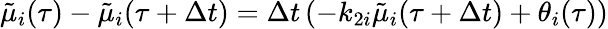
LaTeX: \tilde{\mu}_{i}(\tau)-\tilde{\mu}_{i}(\tau+\Delta t)=\Delta t\left(-k_{2i}\tilde{\mu}_{i}(\tau+\Delta t)+\theta_{i}(\tau)\right)